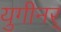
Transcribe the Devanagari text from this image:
युगीनर्